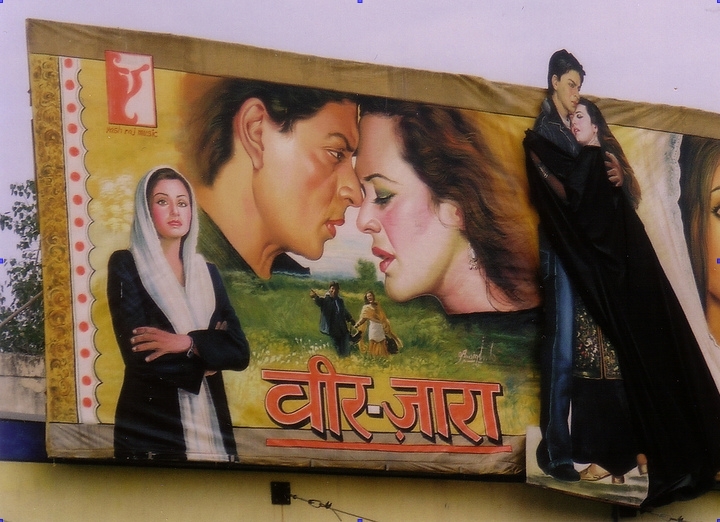
Language: hindi
Transcription: ज़ारा वीर